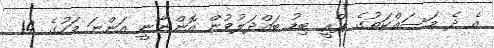
އެ ދެ މަސައްކަތުގެ ޕްރީ ބިޑު ބައްދަލުވުން އޮންނާނީ އަންނަ މަހުގެ 14